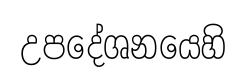
උපදේශනයෙහි